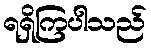
ရရှိကြပါသည်